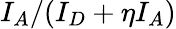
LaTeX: I_{A}/(I_{D}+\eta I_{A})